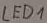
Text: LED1